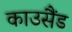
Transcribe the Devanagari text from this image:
काउसैंड